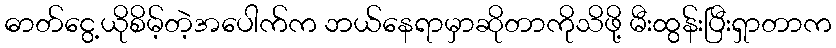
ဓာတ်ငွေ့ယိုစိမ့်တဲ့အပေါက်က ဘယ်နေရာမှာဆိုတာကိုသိဖို့ မီးထွန်းပြီးရှာတာက